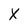
Character: X